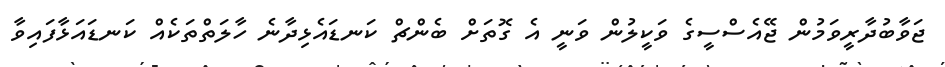
ޖަވާބުދާރީވަމުން ޖޭއެސްސީގެ ވަކީލުން ވަނީ އެ ގޮތަށް ބެންޗް ކަނޑައެޅިދާނެ ހާލަތްތަކެއް ކަނޑައަޅާފައިވާ